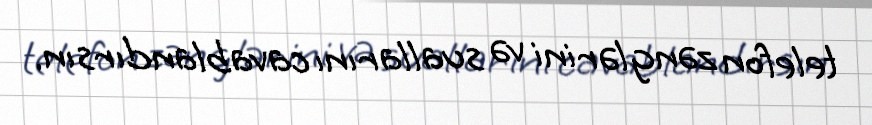
telefon zənglərini və suallarını cavablandırsın.